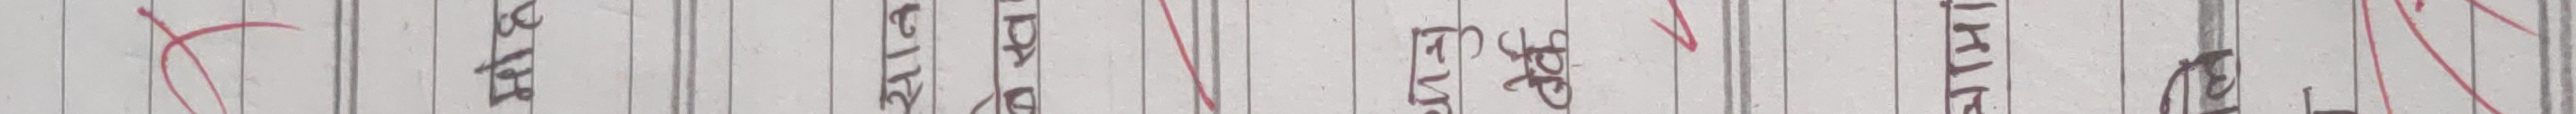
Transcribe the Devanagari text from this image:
समेट सिएटर पीडा इभेन्ट विपन्न हित समाज